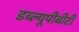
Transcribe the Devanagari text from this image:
डब्ल्यूपीबीटी